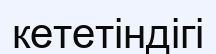
кететіндігі